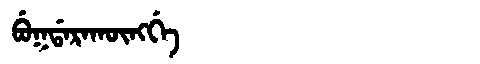
Manchu: ᠪᡠᡴᡩᠠᡵᠠᡴᡡᠩᡤᡝ
Romanization: BUKDARAKŪNGGE